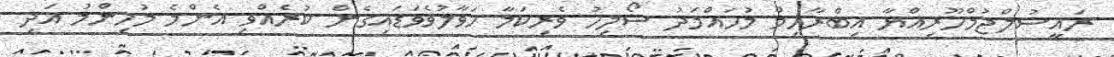
ރައީސުލްޖުމްހޫރިއްޔާ އިބްރާހިމް މުހައްމަދު ސޯލިހު ވެރިކަމާ ހަވާލުވެވަޑައިގެން ކުރެއްވި އެންމެ މުހިންމު އަދި